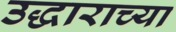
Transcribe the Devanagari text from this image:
उद्धाराच्या